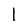
Character: l